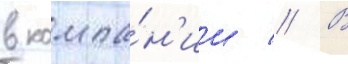
в компа́н'ии // В